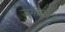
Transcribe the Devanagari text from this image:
जमीन१३